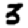
Digit: 3